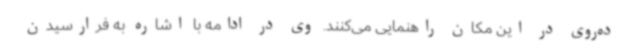
ده‌روی در این مکان راهنمایی می‌کنند. وی در ادامه با اشاره به فرارسیدن